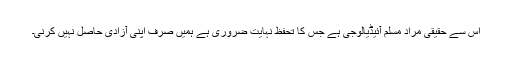
اس سے حقیقی مراد مسلم آئیڈیالوجی ہے جس کا تحفظ نہایت ضروری ہے ہمیں صرف اپنی آزادی حاصل نہیں کرنی۔